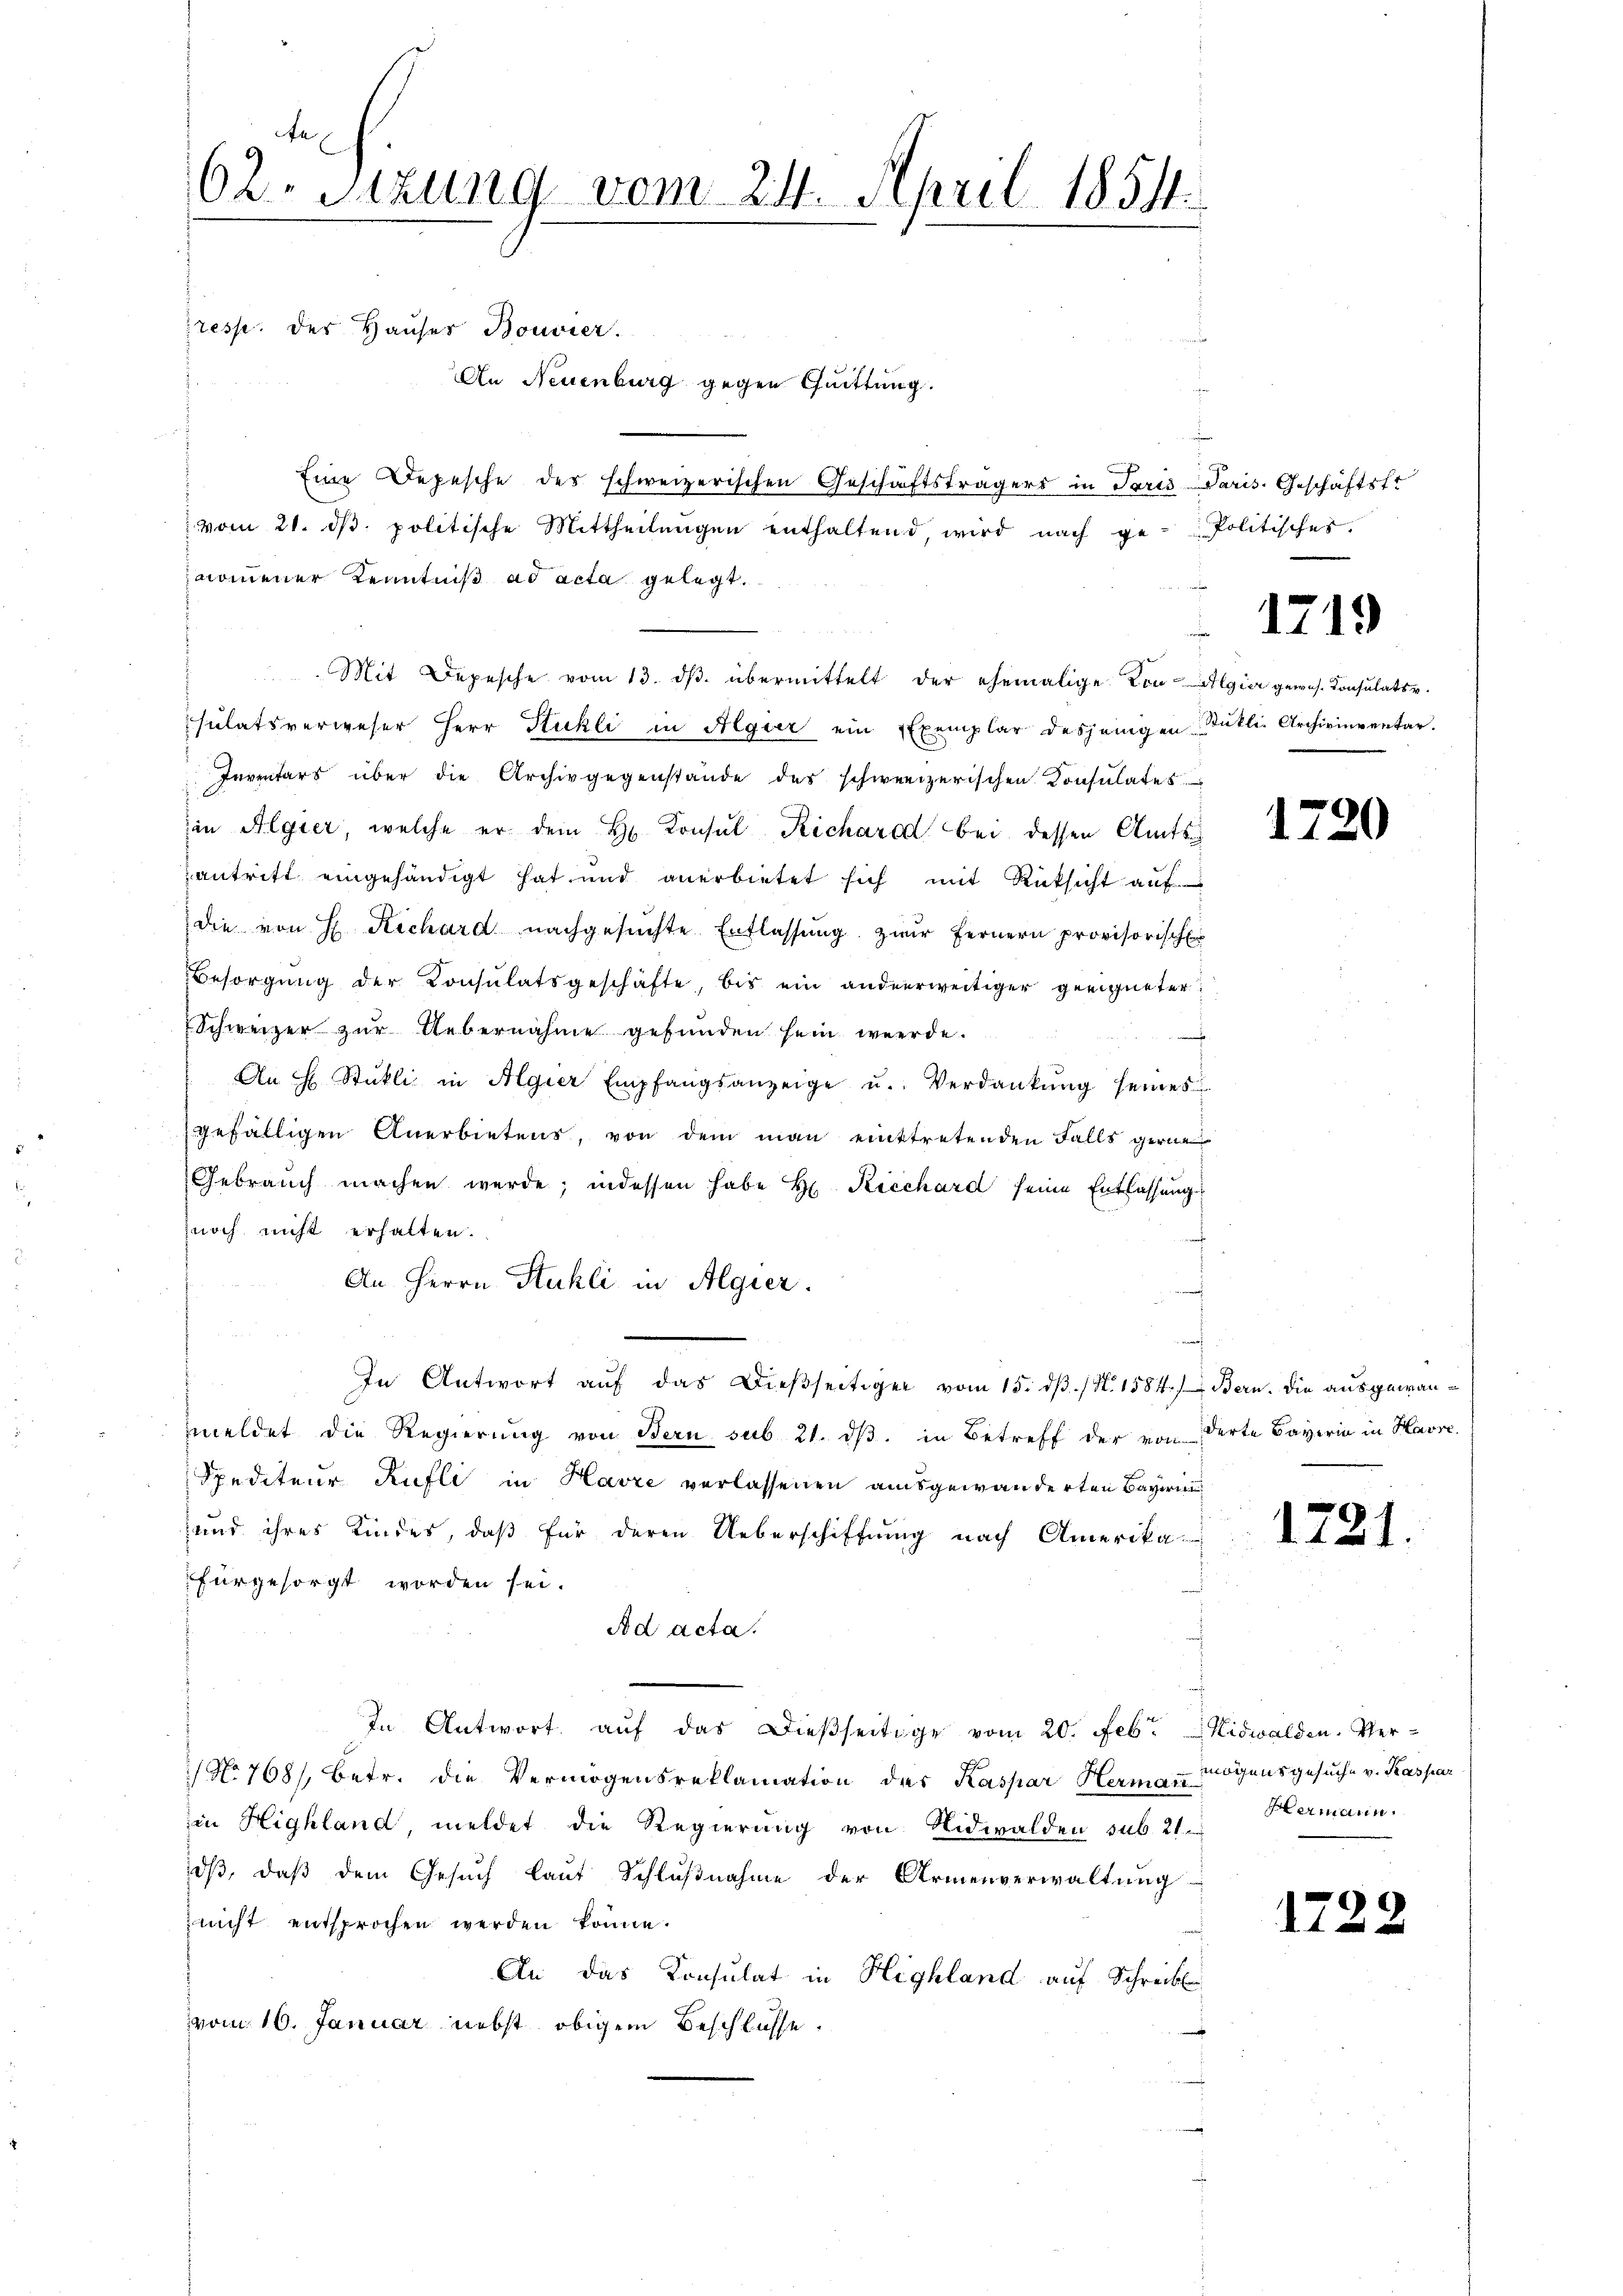
fe
62. Sitzung vom 24. April 1851.

An Neuenburg gegen Quittung.
Eine Depesche des schweizerischen Geschäftsträgers in Paris Paris. Geschäftsfr
vom 21. dβ. politische Mittheilŭngen enthaltend, wird nach ge-Politisches.
nommener Kenntniß ad acta gelegt.
Mit Depesche vom 13. dβ. übermittelt der ehemalige von Algier gewes. Konsulats v.
sulatsverweser Herr Stuhli in Algier ein Exemplar desjenigen Stütli- Archivinventar.
Inventars über die Archivgegenstande des schweizerischen Konsulates
in Algier, welche er dem H. Konsul Richard bei dessen Amtsantritt eingehändigt hat und anerbietet sich mit Rücksicht auf
die von H. Rechard nachgesŭchte Entlassŭng zwar fernern provisorischen
Besorgŭng der Consulatsgeschäfte, bis ein anderweitiger geeigneter:
Schweizer zur Uebernahme gefunden sein werde.

An  Stükli in Algier Empfangsanzeige u. Verdankŭng seines
gefälligen Anerbietens, von dem man eintretenden Falls gerne
Gebrauch machen werde; indessen habe H. Ricchard seine Entlassung
znoch nicht erhalten.
An Herrn Stuhli in Algier
d
In Antwort aŭf das Dieβseitiger vom 15. dβ. / N. 1584.) Bern. Die ausgewanmeldet die Regierŭng von Bern sub 21. dβ. in Betreff der von derte Bayerin in Havre
Spediteur Rufli in Havre verlassenen ausgewanderten Bayeri
und ihres Kindes, daß für deren Ueberschiffung nach Amerika-
fürgesorgt worden sei.
Ad acta.
In Antwort auf das dießseitige vom 20. Febr. Nidwalden, Ver-
No 768/, betr. die Vermögensreklamation des Kaspar Hermann mögensgesuche v. Kaspar
in Highland, meldet die Regierung von Nidwalden sub. 21.
dß, daß dem Gesuch laut Schlußnahme der Armenverwaltung
nicht entsprochen werden könne.
An das Konsulat in Highland auf Schreib
vom 16. Januar nebst obigem Beschlüsse.

resse. Der Hauser Bouvier.

e

1719

1720

1721.

Hermann.

175

2